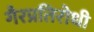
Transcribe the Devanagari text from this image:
गैरप्रतिरोधी